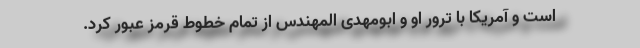
است و آمریکا با ترور او و ابومهدی المهندس از تمام خطوط قرمز عبور کرد.